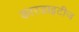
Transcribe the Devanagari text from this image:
कारडाइटीज